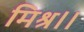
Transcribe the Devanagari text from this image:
मिश्र।।